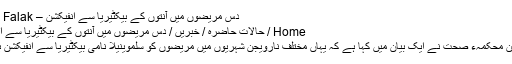
دس مریضوں میں آنتوں کے بیکٹیریا سے انفیکشن – Urdu Falak
Home / حالات حاضرہ / خبریں / دس مریضوں میں آنتوں کے بیکٹیریا سے انفیکشن
نارویجن محکمہء صحت نے ایک بیان میں کہا ہے کہ یہاں مختلف نارویجن شہریوں میں مریضوں کو سلموینیلا نامی بیکٹیریا سے انفیکشن ہوا ہے۔